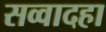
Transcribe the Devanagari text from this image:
सव्वादहा